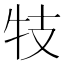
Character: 𰠩